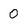
Character: O